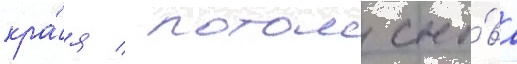
кра́я / потом сно́ва